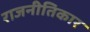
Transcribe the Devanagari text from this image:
राजनीतिकार